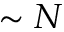
\sim N